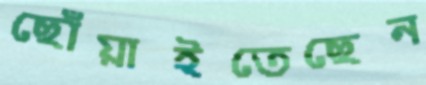
ছোঁয়াইতেছেন